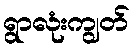
ရွာလုံးကျွတ်